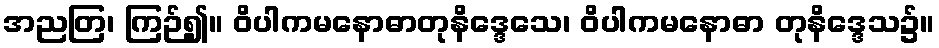
အညတြ၊ ကြဉ်၍။ ဝိပါကမနောဓာတုနိဒ္ဒေသေ၊ ဝိပါကမနောဓာ တုနိဒ္ဒေသ၌။